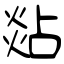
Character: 煔